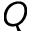
Q